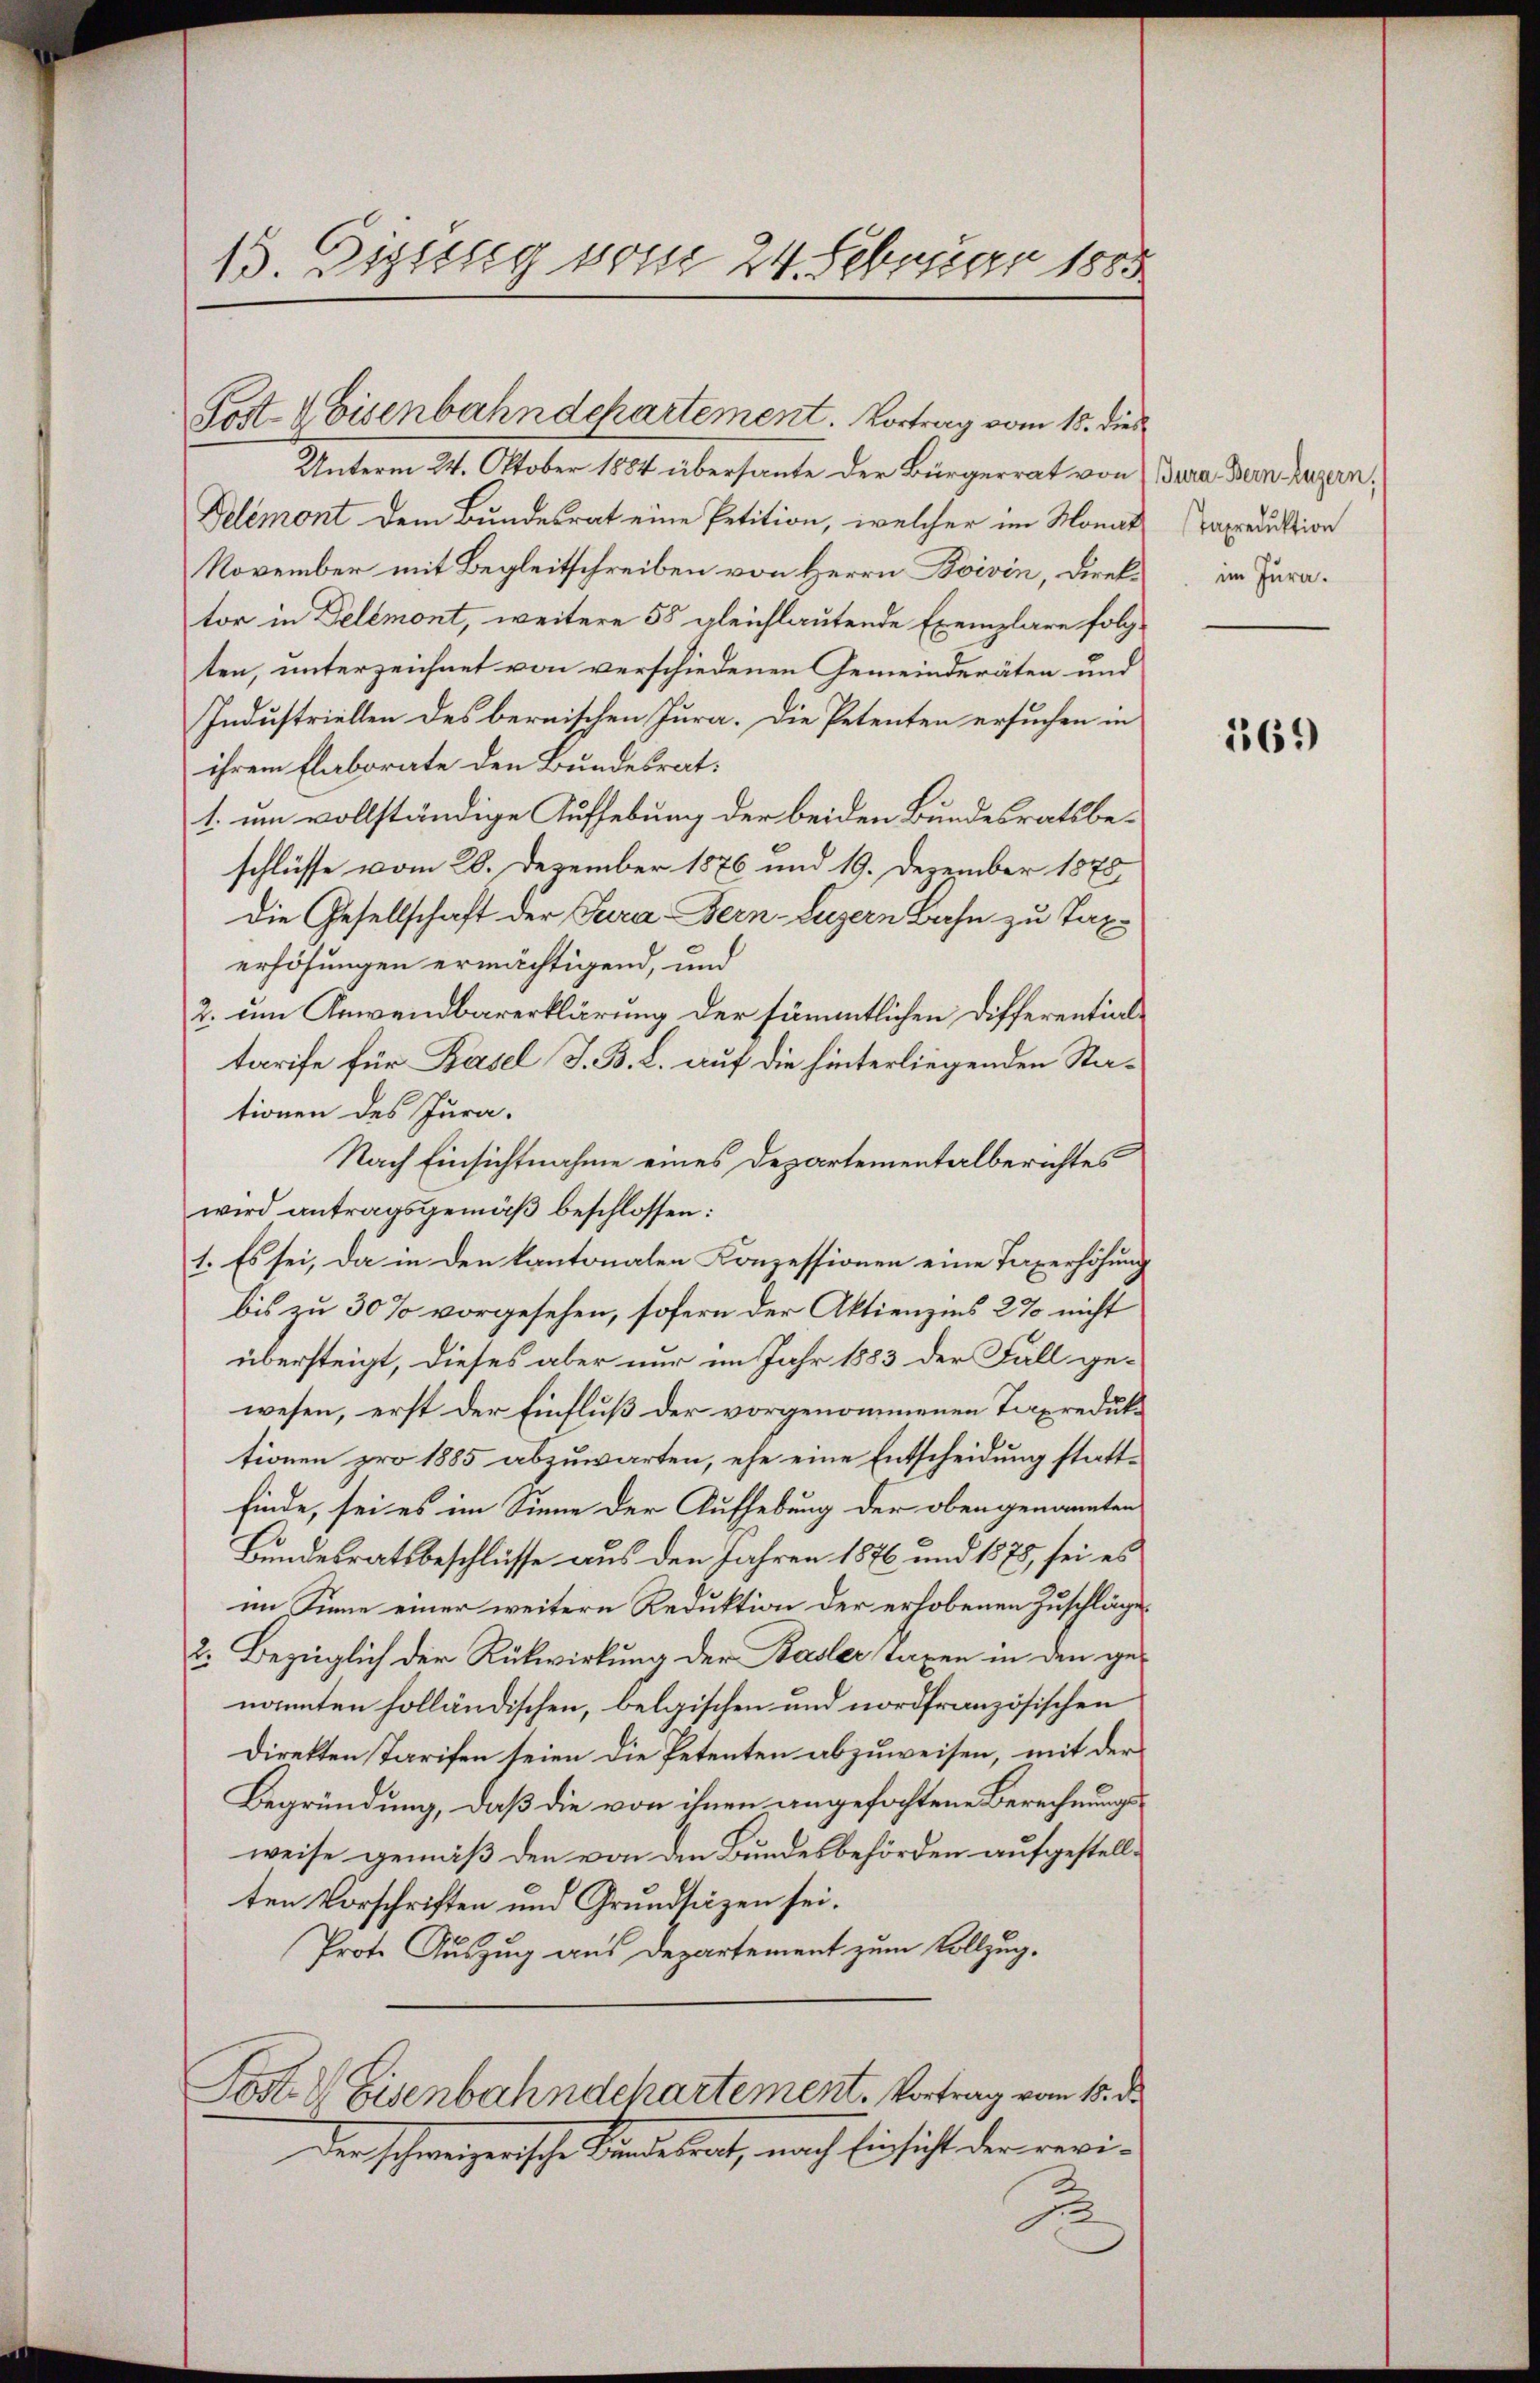
15. Diessseg vom 24. Februar 1883

Unterm 24. Oktober 1884 übersante der Bürgerrat von Bura. Bein Luzern,
Delémont dem Bundesrat eine Petition, welcher im Monat
November mit Begleitschreiben von Herrn Boivin, Direktor in Delémont, weitere 55 gleichlautende Exemplare folgten, unterzeichnet von verschiedenen Gemeinderäten und
Industriellen des bernischen Jura. Die Petenten ersuchen in
ihrem Elaborate den Bundesrat.
1. um vollständige Aufhebung der beiden Bundesratsbeschlüsse vom 20. Dezember 1876 und 19. Dezember 1875
Die Gesellschaft der Tura-Bern-Luzern Bahn zu Taxerhöhungen ermächtigend, und
2. um Anwendbarerklärung der sämmtlichen Differentialtarife für Basel, J. B. L. auf die hinterliegenden Stationen des Jura.
Nach Einsichtnahme eines Departementalberichtes
wird antragsgemäß beschlossen:
1. Es sei, da in den kantonalen Konzessionen eine Taxerhöhung
bis zu 30% vorgesehen, sofern der Aktienzins 2 % nicht
übersteigt, dieses aber nur im Jahr 1883 der Fall gewesen, erst der Einfluß der vorgenommenen Taxreduktionen pro 1885 abzuwarten, ehe eine Entscheidung stattfinde, sei es im Sinne der Aufhebung der obengenannten
Bundesratsbeschlüsse aus den Jahren 1876 und 1875, sei es
im Sinne einer weitere Reduktion der erhobenen Zuschläge
2. Bezüglich der Rückwirkung der Basler Taxen in den genannten holländischen, belgischen und nordfranzösischen
direkten Tarifen seien die Petenten abzuweisen, mit der
Begründung, daß die von ihnen angefochtene Berechnungsweise gemäß den von den Bundesbehörden aufgestellten Vorschriften und Grundsätzen sei.
Prote Auszug aus Departement zum Vollzug.
Post. V Eisenbahndchartement. Vortrag vom 15. d.
den schweizerische Kindebeat, nach Einsicht der revi¬
J

Post- & Eisenbahndepartement. Vortrag vom 15. die

Taxreduktion
im Jura.

169)